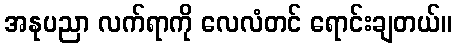
အနုပညာ လက်ရာကို လေလံတင် ရောင်းချတယ်။